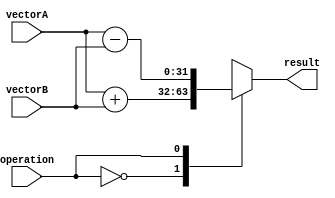
module VectorALU (
    input wire [31:0] vectorA,
    input wire [31:0] vectorB,
    input wire operation,
    output reg [31:0] result
);

always @ (vectorA or vectorB or operation) begin
    case(operation)
        0: result = vectorA + vectorB;
        1: result = vectorA - vectorB;
        2: result = vectorA * vectorB;
        3: result = vectorA / vectorB;
        default: result = 32'hxxxxxxxx; // error condition
    endcase
end

endmodule